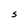
Character: S